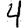
Digit: 4